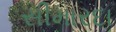
સીમારદા